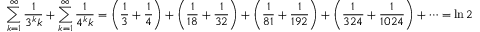
\sum _ { k = 1 } ^ { \infty } { \frac { 1 } { 3 ^ { k } k } } + \sum _ { k = 1 } ^ { \infty } { \frac { 1 } { 4 ^ { k } k } } = { \Bigg ( } { \frac { 1 } { 3 } } + { \frac { 1 } { 4 } } { \Bigg ) } + { \Bigg ( } { \frac { 1 } { 1 8 } } + { \frac { 1 } { 3 2 } } { \Bigg ) } + { \Bigg ( } { \frac { 1 } { 8 1 } } + { \frac { 1 } { 1 9 2 } } { \Bigg ) } + { \Bigg ( } { \frac { 1 } { 3 2 4 } } + { \frac { 1 } { 1 0 2 4 } } { \Bigg ) } + \cdots = \ln 2